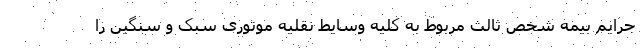
جرایم بیمه شخص ثالث مربوط به کلیه وسایط نقلیه موتوری سبک و سنگین را